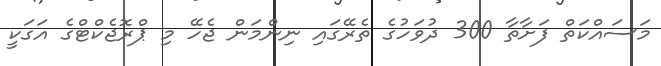
މަސައްކަތް ފަށާތާ 300 ދުވަހުގެ ތެރޭގައި ނިންމަން ޖެހޭ މި ޕްރޮޖެކްޓްގެ އަގަކީ